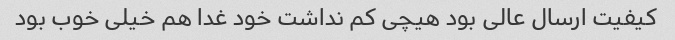
کیفیت ارسال عالی بود هیچی کم نداشت خود غدا هم خیلی خوب بود